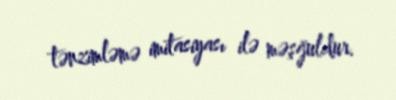
tənzimləmə imitasiyası ilə məşğuldur.